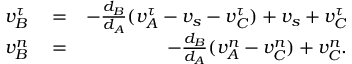
\begin{array} { r l r } { v _ { B } ^ { \tau } } & { { } = } & { - \frac { d _ { B } } { d _ { A } } ( v _ { A } ^ { \tau } - v _ { s } - v _ { C } ^ { \tau } ) + v _ { s } + v _ { C } ^ { \tau } } \\ { v _ { B } ^ { n } } & { { } = } & { - \frac { d _ { B } } { d _ { A } } ( v _ { A } ^ { n } - v _ { C } ^ { n } ) + v _ { C } ^ { n } . } \end{array}